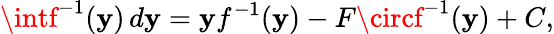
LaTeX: \intf^{-1}(\mathbf{y})\, d\mathbf{y}=\mathbf{y}f^{-1}(\mathbf{y})-F\circf^{-1}(\mathbf{y})+C,